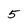
Character: 5